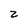
Character: z